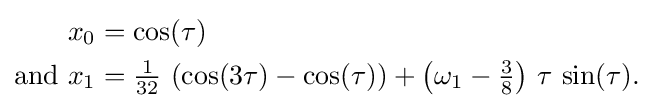
{\begin{aligned}x_{0}&=\cos(\tau )\\{\text{and }}x_{1}&={\tfrac {1}{32}}\,\left(\cos(3\tau )-\cos(\tau )\right)+\left(\omega _{1}-{\tfrac {3}{8}}\right)\,\tau \,\sin(\tau ).\end{aligned}}